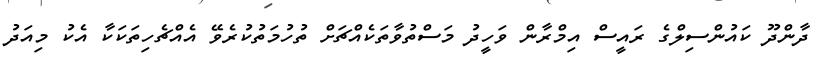
ދާންދޫ ކައުންސިލްގެ ރައީސް އިމްރާން ވަހީދު މަސްތުވާތަކެއްޗަށް ތުހުމަތުކުރެވޭ އެއްޗެހިތަކަކާ އެކު މިއަދު